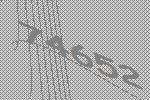
74652